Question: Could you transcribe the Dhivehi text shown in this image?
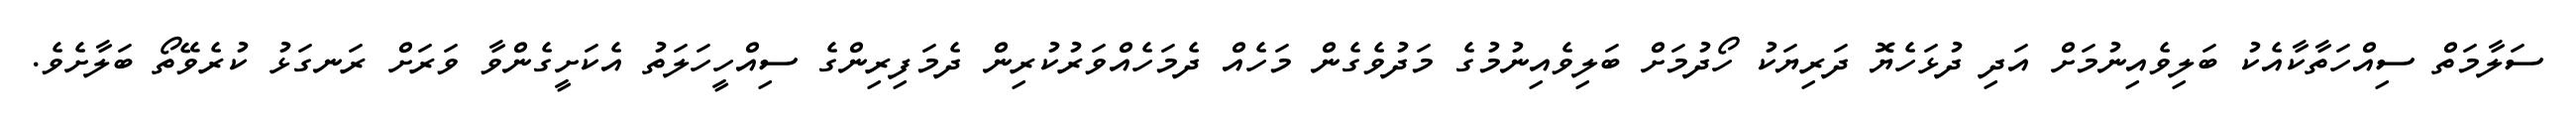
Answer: ސަލާމަތް ސިއްހަތާކާއެކު ބަލިވެއިނުމަށް އަދި ދުޅަހެޔޮ ދަރިޔަކު ހޯދުމަށް ބަލިވެއިނުމުގެ މަދުވެގެން މަހެއް ދެމަހެއްވަރުކުރިން ދެމަފިރިންގެ ސިއްހީހަލަތު އެކަށީގެންވާ ވަރަށް ރަނގަޅު ކުރެވޭތޯ ބަލާށެވެ.